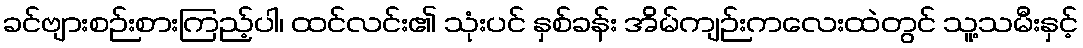
ခင်ဗျားစဉ်းစားကြည့်ပါ၊ ထင်လင်း၏ သုံးပင် နှစ်ခန်း အိမ်ကျဉ်းကလေးထဲတွင် သူ့သမီးနှင့်